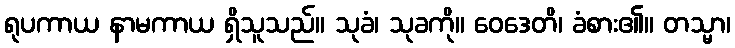
ရုပကာယ နာမကာယ ရှိသူသည်။ သုခံ၊ သုခကို။ ဝေဒေတိ၊ ခံစား၏။ တသ္မာ၊